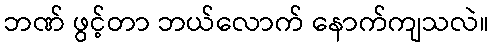
ဘဏ် ဖွင့်တာ ဘယ်လောက် နောက်ကျသလဲ။